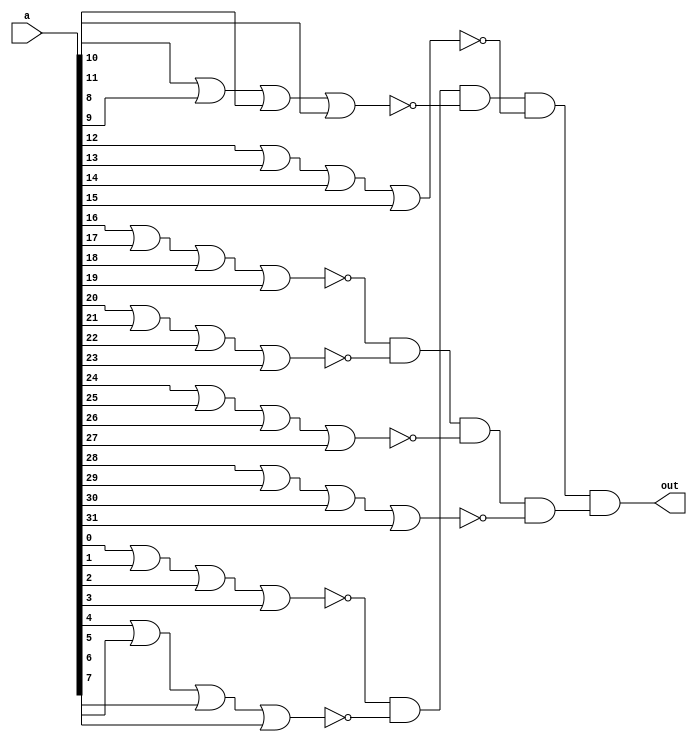
module zero(out, a);
	
	output out;
	input [31:0] a;
	wire [7:0] nOr;
	wire and1, and2;	

	nor #50 n1(nOr[0], a[0], a[1], a[2], a[3]);
	nor #50 n2(nOr[1], a[4], a[5], a[6], a[7]);
	nor #50 n3(nOr[2], a[8], a[9], a[10], a[11]);
	nor #50 n4(nOr[3], a[12], a[13], a[14], a[15]);
	nor #50 n5(nOr[4], a[16], a[17], a[18], a[19]);
	nor #50 n6(nOr[5], a[20], a[21], a[22], a[23]);
	nor #50 n7(nOr[6], a[24], a[25], a[26], a[27]);
	nor #50 n8(nOr[7], a[28], a[29], a[30], a[31]);
	and #50 a1(and1, nOr[0] , nOr[1], nOr[2], nOr[3]);
	and #50 a2(and2, nOr[4], nOr[5], nOr[6], nOr[7]);
	and #50 a3(out, and1, and2);

endmodule